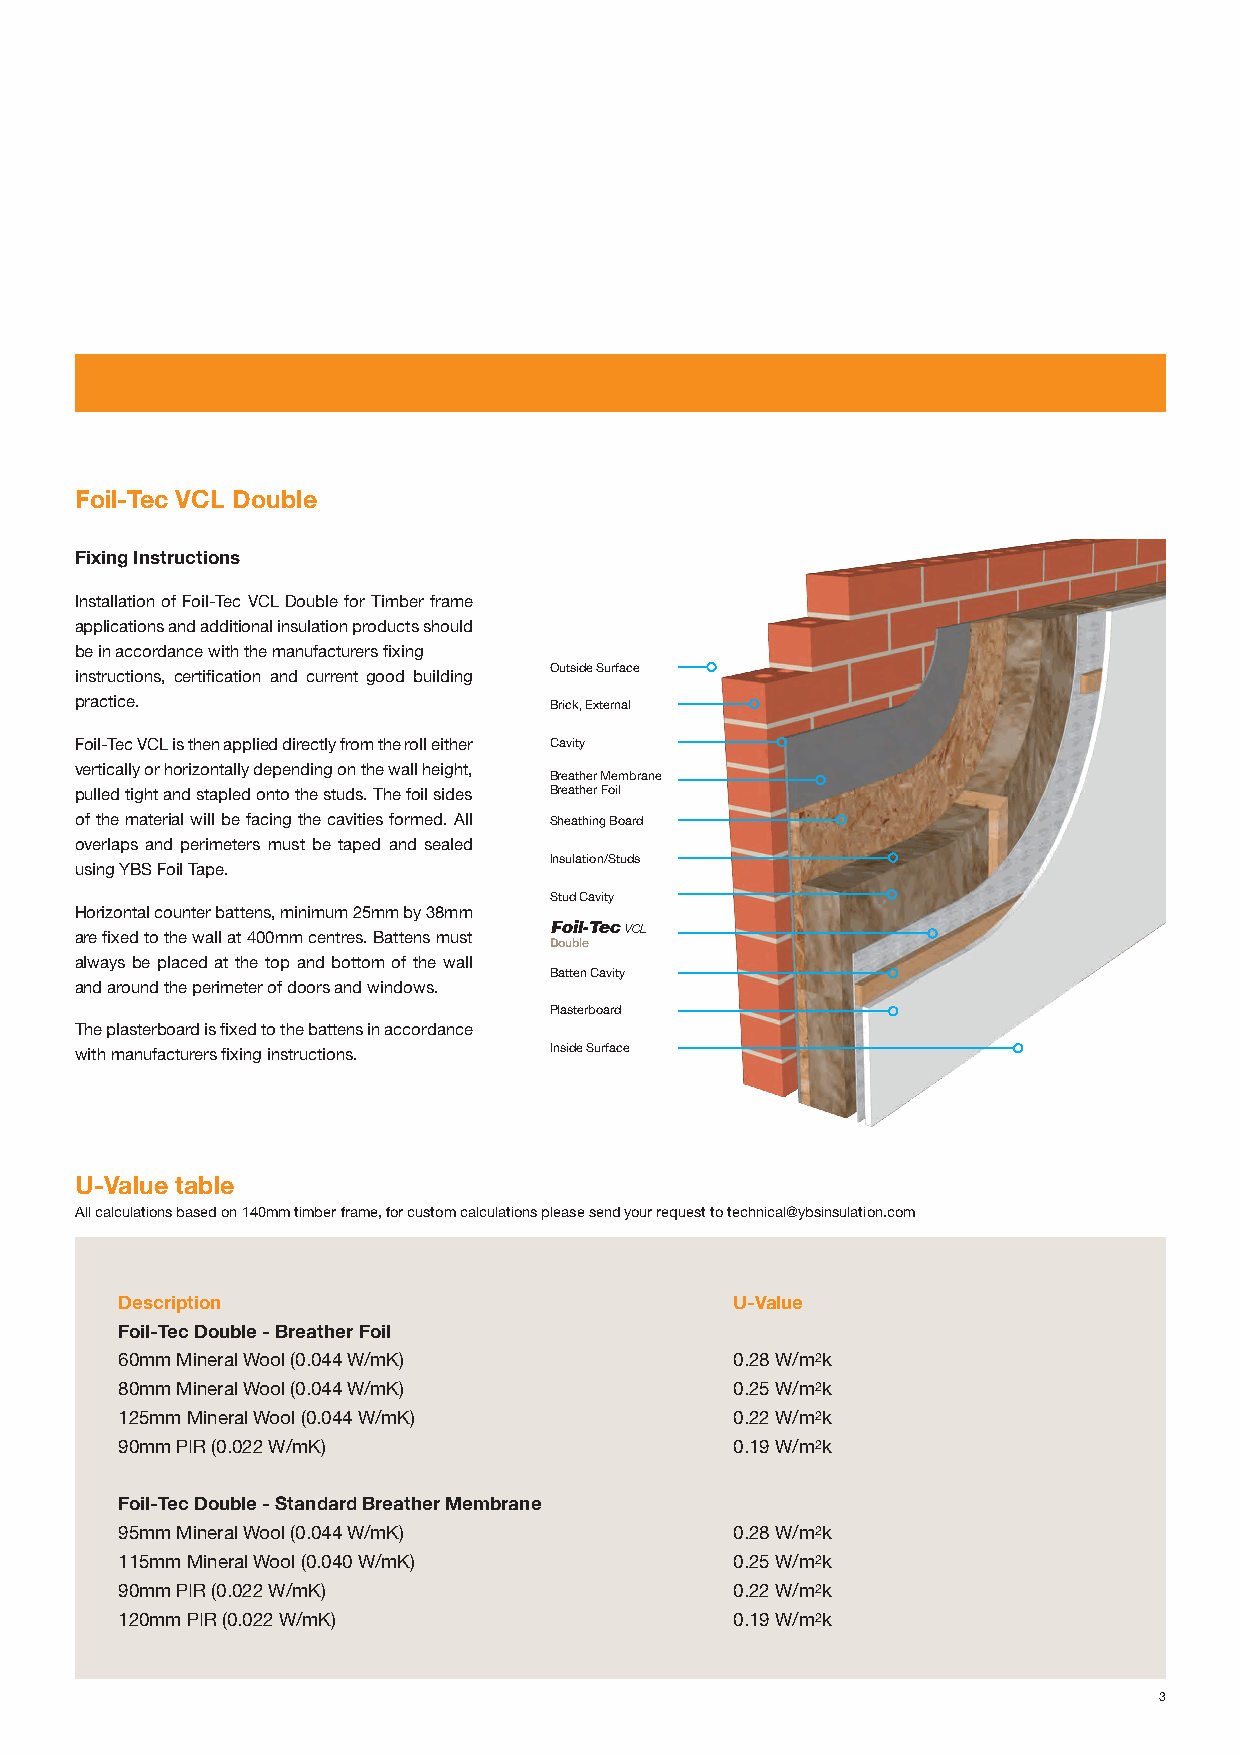
Foil-Tec VCL Double
 Fixing Instructions
 Installation of Foil-Tec VCL Double for Timber frame
 applications and additional insulation products should
 be in accordance with the manufacturers fixing
 Outside Surface
 instructions, certification and current good building
 practice.                      Brick, External
 Foil-Tec VCL is then applied directly from the roll either Cavity
 vertically or horizontally depending on the wall height,
 Breather Membrane
 pulled tight and stapled onto the studs. The foil sides Breather Foil
 of the material will be facing the cavities formed. All Sheathing Board
 overlaps and perimeters must be taped and sealed
 Insulation/Studs
 using YBS Foil Tape.
 Stud Cavity
 Horizontal counter battens, minimum 25mm by 38mm
 Foil-Tec VCL
 are fixed to the wall at 400mm centres. Battens must Double
 always be placed at the top and bottom of the wall
 Batten Cavity
 and around the perimeter of doors and windows.
 Plasterboard
 The plasterboard is fixed to the battens in accordance
 with manufacturers fixing instructions. Inside Surface
 U-Value table
 All calculations based on 140mm timber frame, for custom calculations please send your request to technical@ybsinsulation.com
 Description                              U-Value
 Foil-Tec Double - Breather Foil
 60mm Mineral Wool (0.044 W/mK)           0.28 W/m2k
 80mm Mineral Wool (0.044 W/mK)           0.25 W/m2k
 125mm Mineral Wool (0.044 W/mK)          0.22 W/m2k
 90mm PIR (0.022 W/mK)                    0.19 W/m2k
 Foil-Tec Double - Standard Breather Membrane
 95mm Mineral Wool (0.044 W/mK)           0.28 W/m2k
 115mm Mineral Wool (0.040 W/mK)          0.25 W/m2k
 90mm PIR (0.022 W/mK)                    0.22 W/m2k
 120mm PIR (0.022 W/mK)                   0.19 W/m2k
 3